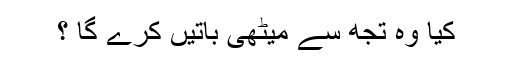
کیا وہ تجھ سے میٹھی باتیں کرے گا ؟